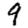
Digit: 9